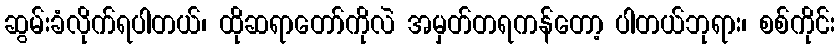
ဆွမ်းခံလိုက်ရပါတယ်၊ ထိုဆရာတော်ကိုလဲ အမှတ်တရကန်တော့ ပါတယ်ဘုရား၊ စစ်ကိုင်း